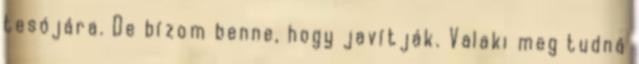
tesójára. De bízom benne, hogy javítják. Valaki meg tudná